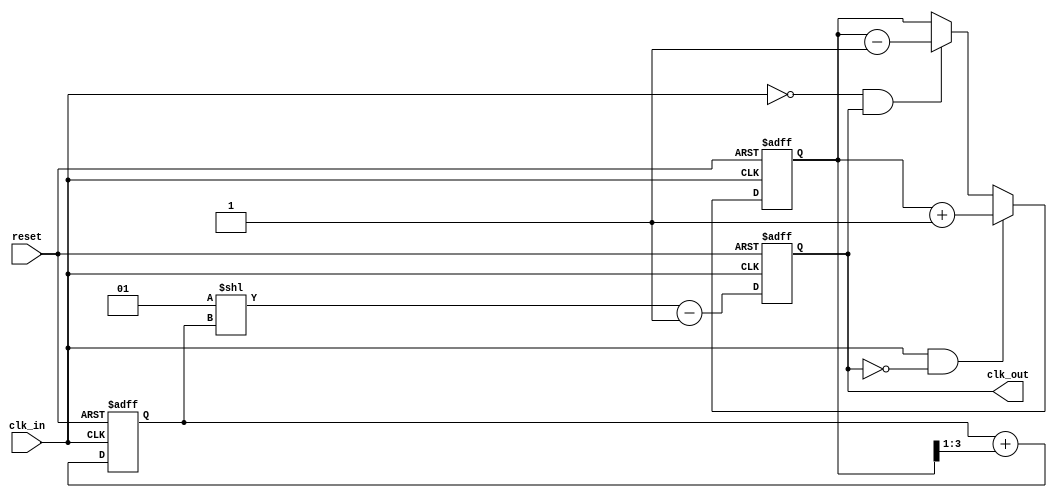
module dll (
    input wire clk_in,               // Input clock signal
    input wire reset,                // Active high reset signal
    output wire clk_out              // Output clock signal
);

    // Parameters for the DLL
    parameter NUM_DELAY_ELEMENTS = 8; // Number of delay elements
    parameter DELAY_STEP = 1;          // Delay step (in simulation time units)

    // Internal signals
    reg [NUM_DELAY_ELEMENTS-1:0] vcdl; // Voltage-Controlled Delay Line
    wire [NUM_DELAY_ELEMENTS-1:0] vcdl_out; // Output of the VCDL
    reg [3:0] error_signal;            // Error signal from Phase Detector
    reg [3:0] control_voltage;          // Control voltage from Loop Filter
    reg [3:0] lock_state;               // Lock state indicator

    // Phase Detector
    always @(posedge clk_in or posedge reset) begin
        if (reset) begin
            error_signal <= 0;
        end else begin
            // Compare phase of clk_in and feedback clock (vcdl_out)
            if (clk_in && !vcdl_out[0]) begin
                error_signal <= error_signal + 1; // Feedback clock is lagging
            end else if (!clk_in && vcdl_out[0]) begin
                error_signal <= error_signal - 1; // Feedback clock is leading
            end
        end
    end

    // Loop Filter
    always @(posedge clk_in or posedge reset) begin
        if (reset) begin
            control_voltage <= 0;
        end else begin
            // Simple proportional control for demonstration
            control_voltage <= control_voltage + (error_signal >> 1);
        end
    end

    // Voltage-Controlled Delay Line (VCDL)
    always @(posedge clk_in or posedge reset) begin
        if (reset) begin
            vcdl <= 0; // Reset all delay elements
        end else begin
            // Adjust delay elements based on control voltage
            vcdl <= (1 << control_voltage) - 1; // Simple left shift for demonstration
        end
    end

    // Generate output clock based on VCDL
    assign vcdl_out = vcdl; // Connect VCDL output for feedback
    assign clk_out = vcdl_out[0]; // Output clock from the first delay element

endmodule